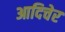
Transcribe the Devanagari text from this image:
आदिचेर